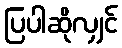
ပြပါဆိုလျှင်